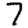
Digit: 7